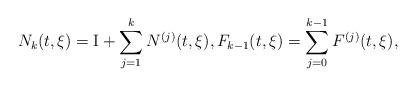
LaTeX: \begin{align*} N_k(t,\xi) = \mathrm I+\sum_{j=1}^k N^{(j)}(t,\xi), F_{k-1}(t,\xi) = \sum_{j=0}^{k-1} F^{(j)}(t,\xi), \end{align*}